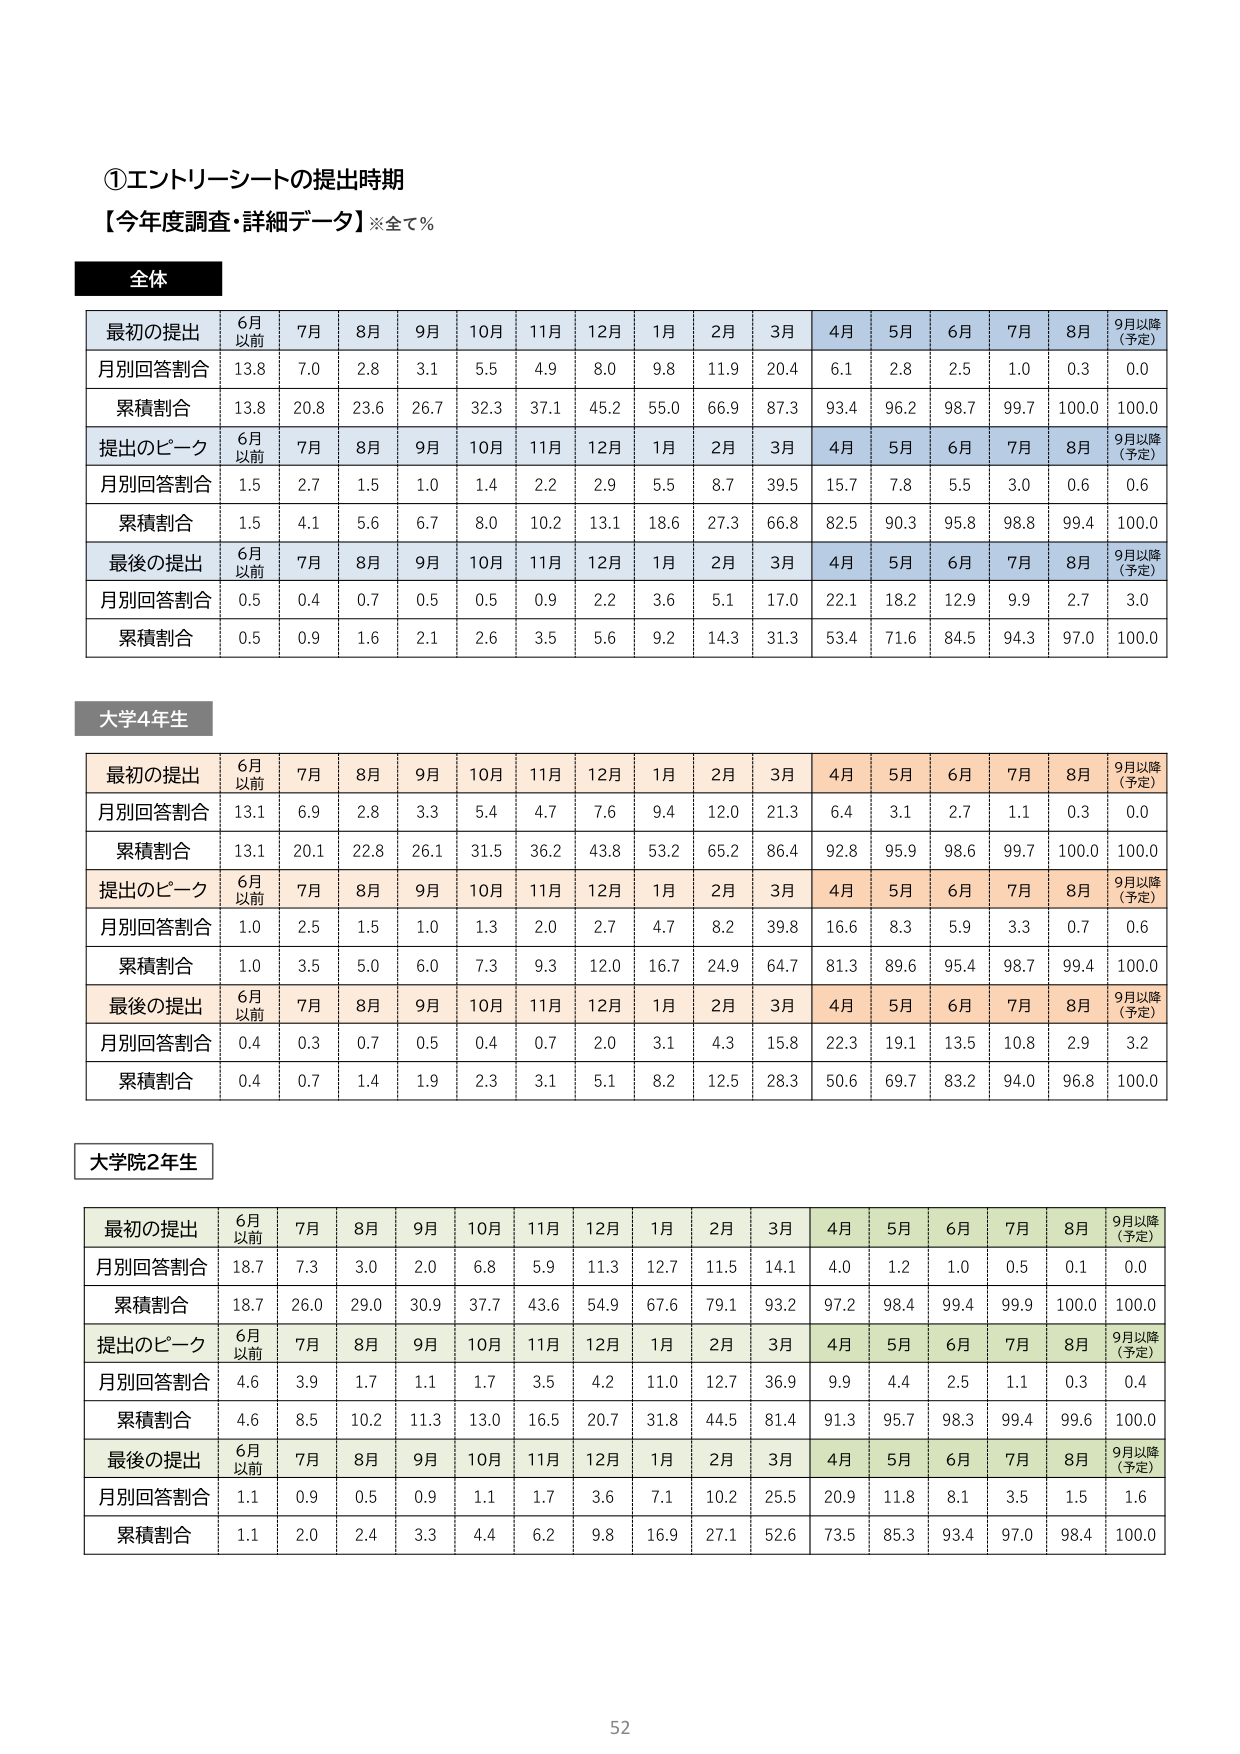
①エントリーシートの提出時期
【今年度調査・詳細データ】※全て％

全体
最初の提出　6月以前　7月　8月　9月　10月　11月　12月　1月　2月　3月　4月　5月　6月　7月　8月　9月以降（予定）
月別回答割合　13.8　7.0　2.8　3.1　5.5　4.9　8.0　9.8　11.9　20.4　6.1　2.8　2.5　1.0　0.3　0.0
累積割合　13.8　20.8　23.6　26.7　32.3　37.1　45.2　55.0　66.9　87.3　93.4　96.2　98.7　99.7　100.0　100.0
提出のピーク　6月以前　7月　8月　9月　10月　11月　12月　1月　2月　3月　4月　5月　6月　7月　8月　9月以降（予定）
月別回答割合　1.5　2.7　1.5　1.0　1.4　2.2　2.9　5.5　8.7　39.5　15.7　7.8　5.5　3.0　0.6　0.6
累積割合　1.5　4.1　5.6　6.7　8.0　10.2　13.1　18.6　27.3　66.8　82.5　90.3　95.8　98.8　99.4　100.0
最後の提出　6月以前　7月　8月　9月　10月　11月　12月　1月　2月　3月　4月　5月　6月　7月　8月　9月以降（予定）
月別回答割合　0.5　0.4　0.7　0.5　0.5　0.9　2.2　3.6　5.1　17.0　22.1　18.2　12.9　9.9　2.7　3.0
累積割合　0.5　0.9　1.6　2.1　2.6　3.5　5.6　9.2　14.3　31.3　53.4　71.6　84.5　94.3　97.0　100.0

大学4年生
最初の提出　6月以前　7月　8月　9月　10月　11月　12月　1月　2月　3月　4月　5月　6月　7月　8月　9月以降（予定）
月別回答割合　13.1　6.9　2.8　3.3　5.4　4.7　7.6　9.4　12.0　21.3　6.4　3.1　2.7　1.1　0.3　0.0
累積割合　13.1　20.1　22.8　26.1　31.5　36.2　43.8　53.2　65.2　86.4　92.8　95.9　98.6　99.7　100.0　100.0
提出のピーク　6月以前　7月　8月　9月　10月　11月　12月　1月　2月　3月　4月　5月　6月　7月　8月　9月以降（予定）
月別回答割合　1.0　2.5　1.5　1.0　1.3　2.0　2.7　4.7　8.2　39.8　16.6　8.3　5.9　3.3　0.7　0.6
累積割合　1.0　3.5　5.0　6.0　7.3　9.3　12.0　16.7　24.9　64.7　81.3　89.6　95.4　98.7　99.4　100.0
最後の提出　6月以前　7月　8月　9月　10月　11月　12月　1月　2月　3月　4月　5月　6月　7月　8月　9月以降（予定）
月別回答割合　0.4　0.3　0.7　0.5　0.4　0.7　2.0　3.1　4.3　15.8　22.3　19.1　13.5　10.8　2.9　3.2
累積割合　0.4　0.7　1.4　1.9　2.3　3.1　5.1　8.2　12.5　28.3　50.6　69.7　83.2　94.0　96.8　100.0

大学院2年生
最初の提出　6月以前　7月　8月　9月　10月　11月　12月　1月　2月　3月　4月　5月　6月　7月　8月　9月以降（予定）
月別回答割合　18.7　7.3　3.0　2.0　6.8　5.9　11.3　12.7　11.5　14.1　4.0　1.2　1.0　0.5　0.1　0.0
累積割合　18.7　26.0　29.0　30.9　37.7　43.6　54.9　67.6　79.1　93.2　97.2　98.4　99.4　99.9　100.0　100.0
提出のピーク　6月以前　7月　8月　9月　10月　11月　12月　1月　2月　3月　4月　5月　6月　7月　8月　9月以降（予定）
月別回答割合　4.6　3.9　1.7　1.1　1.7　3.5　4.2　11.0　12.7　36.9　9.9　4.4　2.5　1.1　0.3　0.4
累積割合　4.6　8.5　10.2　11.3　13.0　16.5　20.7　31.8　44.5　81.4　91.3　95.7　98.3　99.4　99.6　100.0
最後の提出　6月以前　7月　8月　9月　10月　11月　12月　1月　2月　3月　4月　5月　6月　7月　8月　9月以降（予定）
月別回答割合　1.1　0.9　0.5　0.9　1.1　1.7　3.6　7.1　10.2　25.5　20.9　11.8　8.1　3.5　1.5　1.6
累積割合　1.1　2.0　2.4　3.3　4.4　6.2　9.8　16.9　27.1　52.6　73.5　85.3　93.4　97.0　98.4　100.0

52